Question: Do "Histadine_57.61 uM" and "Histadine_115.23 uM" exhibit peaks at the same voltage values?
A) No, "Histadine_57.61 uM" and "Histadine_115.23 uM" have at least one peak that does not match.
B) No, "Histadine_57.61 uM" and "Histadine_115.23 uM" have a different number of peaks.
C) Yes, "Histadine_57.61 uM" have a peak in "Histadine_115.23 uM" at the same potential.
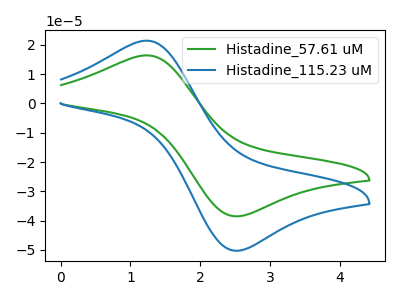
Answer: <think>The green curve "Histadine_57.61 uM" has an anodic peak at (1.20V, 16.40uA) and a cathodic peak at (2.55V, -38.50uA). The blue curve "Histadine_115.23 uM" has an anodic peak at (1.20V, 21.45uA) and a cathodic peak at (2.55V, -50.25uA).</think>
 <answer>C) Yes, "Histadine_57.61 uM" have a peak in "Histadine_115.23 uM" at the same potential.</answer>
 <eval>C</eval>